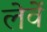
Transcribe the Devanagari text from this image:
लेवें